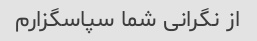
از نگرانی شما سپاسگزارم